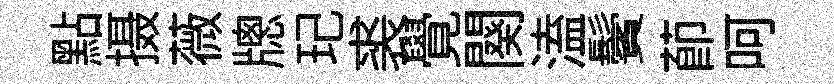
點摄薇牕玘裘覺闋溘鬢莭呵